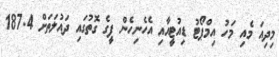
މިދިއަ މެއި މަހު އިމްޕޯޓު ޑިއުޓީއާއި އެހެނިހެން ފީގެ ގޮތުގައި ދައުލަތަށް 187.4